Vaccination in Bombay 1889-1901 - 1889-1901
Year: 1889
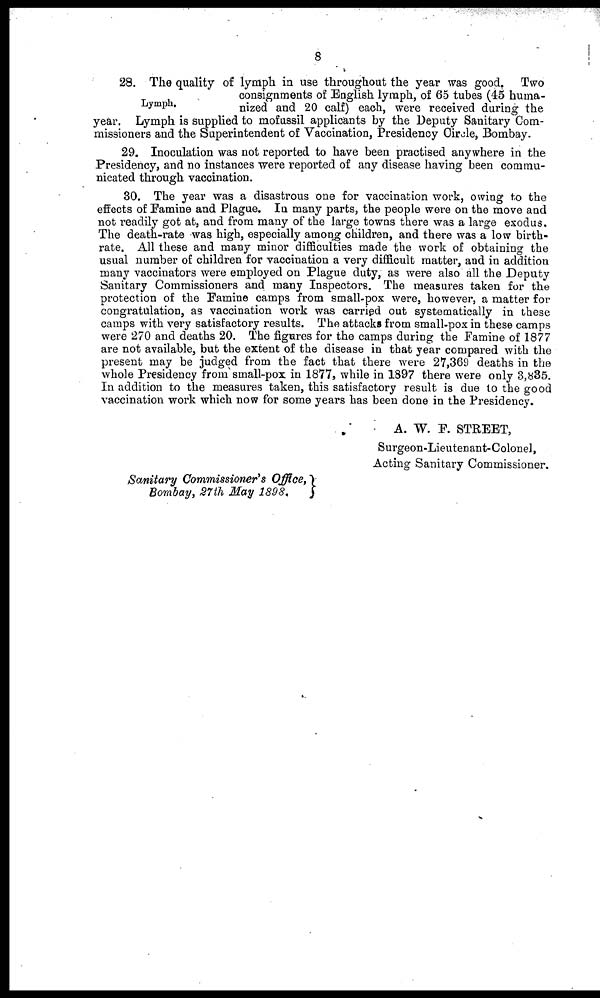
8
Lymph.
28. The quality of lymph in use throughout the year was good. Two
consignments of English lymph, of 65 tubes (45 huma-
nized and 20 calf) each, were received during the
year. Lymph is supplied to mofussil applicants by the Deputy Sanitary Com-
missioners and the Superintendent of Vaccination, Presidency Circle, Bombay.
29. Inoculation was not reported to have been practised anywhere in the
Presidency, and no instances were reported of any disease having been commu-
nicated through vaccination.
30. The year was a disastrous one for vaccination work, owing to the
effects of Famine and Plague. In many parts, the people were on the move and
not readily got at, and from many of the large towns there was a large exodus.
The death-rate was high, especially among children, and there was a low birth-
rate. All these and many minor difficulties made the work of obtaining the
usual number of children for vaccination a very difficult matter, and in addition
many vaccinators were employed on Plague duty, as were also all the Deputy
Sanitary Commissioners and many Inspectors. The measures taken for the
protection of the Famine camps from small-pox were, however, a matter for
congratulation, as vaccination work was carried out systematically in these
camps with very satisfactory results. The attacks from small-pox in these camps
were 270 and deaths 20. The figures for the camps during the Famine of 1877
are not available, but the extent of the disease in that year compared with the
present may be judged from the fact that there were 27,369 deaths in the
whole Presidency from small-pox in 1877, while in 1897 there were only 3,835.
In addition to the measures taken, this satisfactory result is due to the good
vaccination work which now for some years has been done in the Presidency.
A. W. F. STREET,
Surgeon-Lieutenant-Colonel,
Acting Sanitary Commissioner.
Sanitary Commissioner's Office,
Bombay, 27th May 1898.